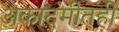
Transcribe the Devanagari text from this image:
अकादमीतही